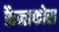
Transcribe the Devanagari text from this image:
कैनाफोरा